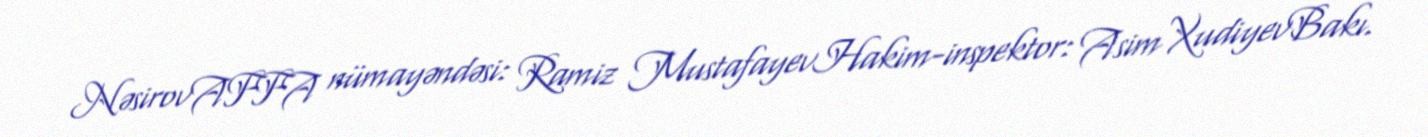
NəsirovAFFA nümayəndəsi: Ramiz MustafayevHakim-inspektor: Asim XudiyevBakı.